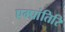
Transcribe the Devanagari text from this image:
एम्प्रांतिरि